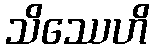
သိဿေဟိ